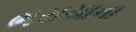
ભરાયાના